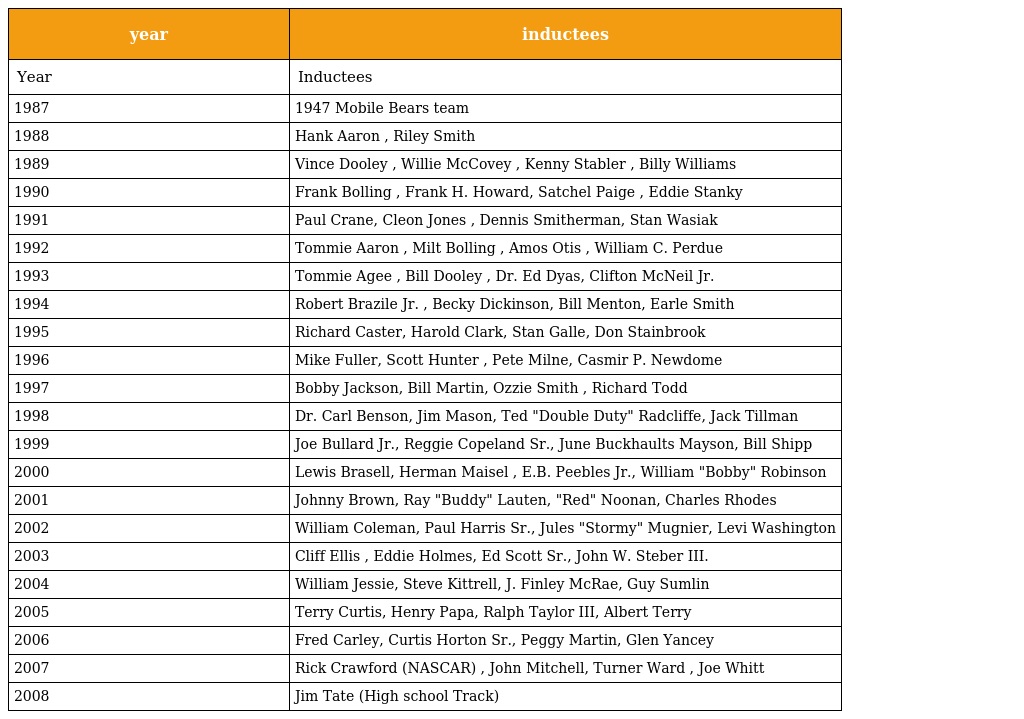
| year | inductees |
 | --- | --- |
 | Year | Inductees |
 | 1987 | 1947 Mobile Bears team |
 | 1988 | Hank Aaron , Riley Smith |
 | 1989 | Vince Dooley , Willie McCovey , Kenny Stabler , Billy Williams |
 | 1990 | Frank Bolling , Frank H. Howard, Satchel Paige , Eddie Stanky |
 | 1991 | Paul Crane, Cleon Jones , Dennis Smitherman, Stan Wasiak |
 | 1992 | Tommie Aaron , Milt Bolling , Amos Otis , William C. Perdue |
 | 1993 | Tommie Agee , Bill Dooley , Dr. Ed Dyas, Clifton McNeil Jr. |
 | 1994 | Robert Brazile Jr. , Becky Dickinson, Bill Menton, Earle Smith |
 | 1995 | Richard Caster, Harold Clark, Stan Galle, Don Stainbrook |
 | 1996 | Mike Fuller, Scott Hunter , Pete Milne, Casmir P. Newdome |
 | 1997 | Bobby Jackson, Bill Martin, Ozzie Smith , Richard Todd |
 | 1998 | Dr. Carl Benson, Jim Mason, Ted "Double Duty" Radcliffe, Jack Tillman |
 | 1999 | Joe Bullard Jr., Reggie Copeland Sr., June Buckhaults Mayson, Bill Shipp |
 | 2000 | Lewis Brasell, Herman Maisel , E.B. Peebles Jr., William "Bobby" Robinson |
 | 2001 | Johnny Brown, Ray "Buddy" Lauten, "Red" Noonan, Charles Rhodes |
 | 2002 | William Coleman, Paul Harris Sr., Jules "Stormy" Mugnier, Levi Washington |
 | 2003 | Cliff Ellis , Eddie Holmes, Ed Scott Sr., John W. Steber III. |
 | 2004 | William Jessie, Steve Kittrell, J. Finley McRae, Guy Sumlin |
 | 2005 | Terry Curtis, Henry Papa, Ralph Taylor III, Albert Terry |
 | 2006 | Fred Carley, Curtis Horton Sr., Peggy Martin, Glen Yancey |
 | 2007 | Rick Crawford (NASCAR) , John Mitchell, Turner Ward , Joe Whitt |
 | 2008 | Jim Tate (High school Track) |